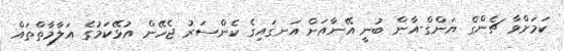
ކަމަށްވާ ޗެންގް ޔަންގް-އާން ބުނީ އޭނާއަށް އަނގައިގެ ކެންސަރު ޖެހޭން އުޅޭކަމުގެ އަލާމާތްތައް